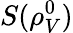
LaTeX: S(\rho_{V}^{0})